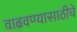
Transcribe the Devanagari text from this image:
वाढवण्यासाठीचे